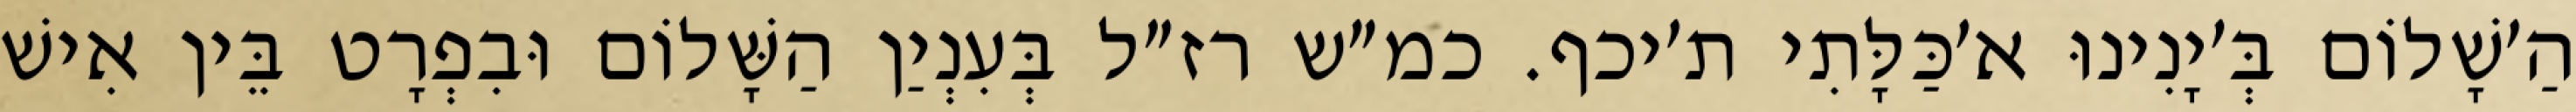
הַ׳שָׁלוֹם בְּ׳יָנִינוּ א׳כַּלָּתִי ת׳יכף. כמ״ש רז״ל בְּעִנְיַן הַשָּׁלוֹם וּבִפְרָט בֵּין אִישׁ